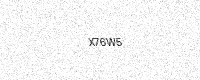
Text: X76W5